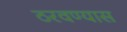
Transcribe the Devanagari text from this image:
ठरवण्यास